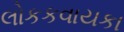
લોકકવાયકા